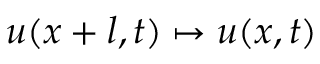
u ( x + l , t ) \mapsto u ( x , t )